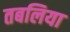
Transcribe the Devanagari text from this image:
तबलिया